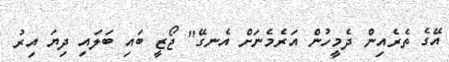
އޭގެ ތެރެއިން ދެމީހުން އަރެމެނަށް އެނގޭ" ޖޯޒީ ބައި ބަލައި ދިޔަ އިރު